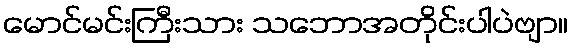
မောင်မင်းကြီးသား သဘောအတိုင်းပါပဲဗျာ။